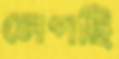
লেপছি